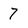
Character: 7